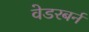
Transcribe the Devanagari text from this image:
वेडरबर्न